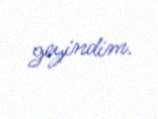
geyindim.